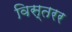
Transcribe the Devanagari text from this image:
विस्तरर